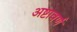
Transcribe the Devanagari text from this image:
अष्टावर्ण